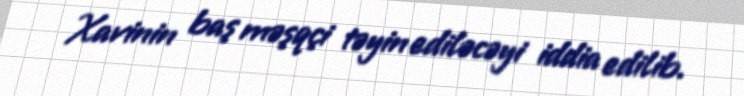
Xavinin baş məşqçi təyin ediləcəyi iddia edilib.